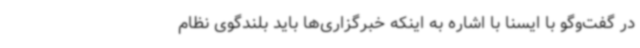
در گفت‌وگو با ایسنا با اشاره به اینکه خبرگزاری‌ها باید بلندگوی نظام